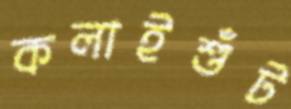
কলাইশুঁট